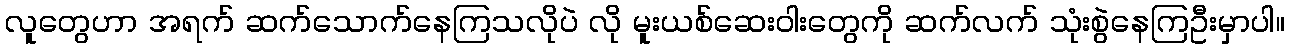
လူတွေဟာ အရက် ဆက်သောက်နေကြသလိုပဲ လို မူးယစ်ဆေးဝါးတွေကို ဆက်လက် သုံးစွဲနေကြဦးမှာပါ။